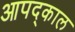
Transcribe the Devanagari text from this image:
आपद्काल